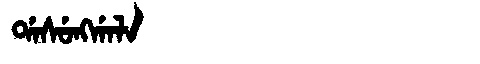
Manchu: ᡩᠠᠰᡠᠩᡤᠠᠯᠠ
Romanization: DASUNGGALA